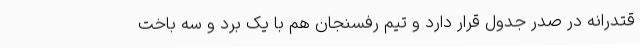
قتدرانه در صدر جدول قرار دارد و تیم رفسنجان هم با یک برد و سه باخت